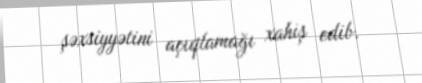
şəxsiyyətini açıqlamağı xahiş edib.